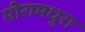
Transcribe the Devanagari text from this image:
मीरामधुरा